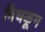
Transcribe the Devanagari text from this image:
बिचकून